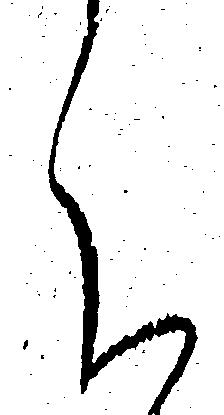
く